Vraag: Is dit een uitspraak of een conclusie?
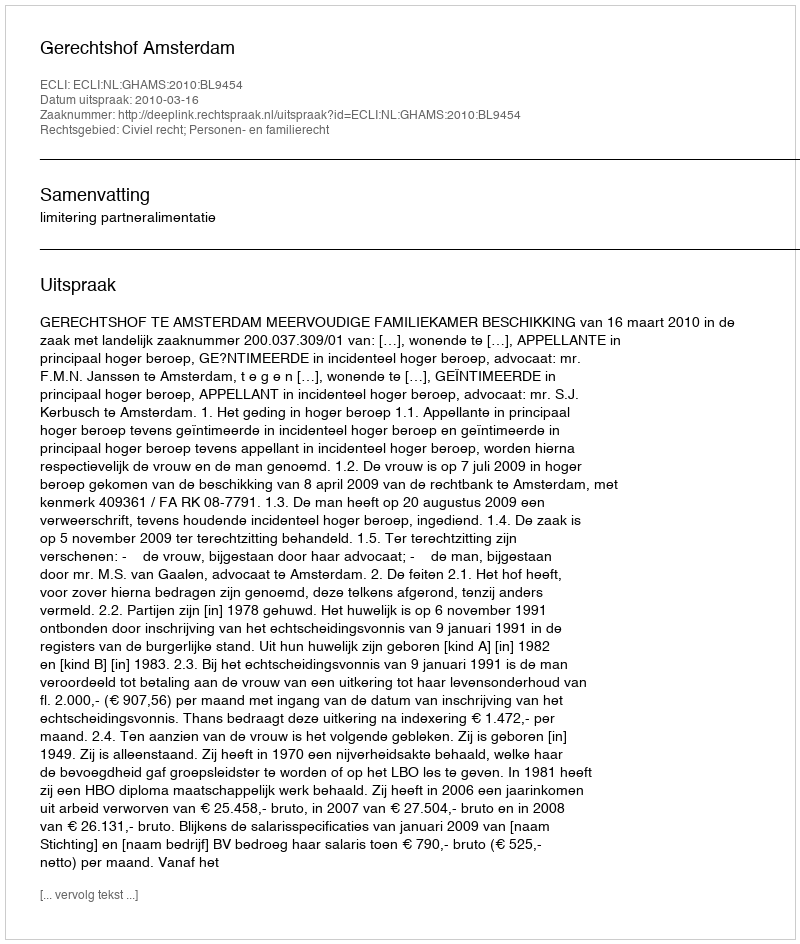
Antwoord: Uitspraak